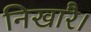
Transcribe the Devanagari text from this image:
निखारै।